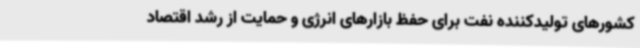
کشورهای تولیدکننده نفت برای حفظ بازارهای انرژی و حمایت از رشد اقتصاد